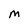
Character: M